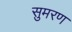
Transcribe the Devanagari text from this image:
सुमरण